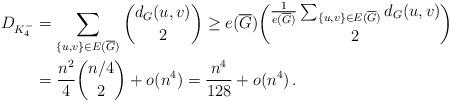
LaTeX: \begin{align*}D_{K_4^-}&= \sum_{\left\{u,v\right\}\in E(\overline{G})}\binom{d_G(u,v)}{2} \geq e(\overline{G})\binom{\frac{1}{e(\overline{G})}\sum_{\left\{u,v\right\}\in E(\overline{G})}d_G(u,v)}{2}\\&=\frac{n^2}{4}\binom{n/4}{2}+o(n^4)=\frac{n^4}{128}+o(n^4) \,. \end{align*}